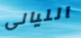
الليالى